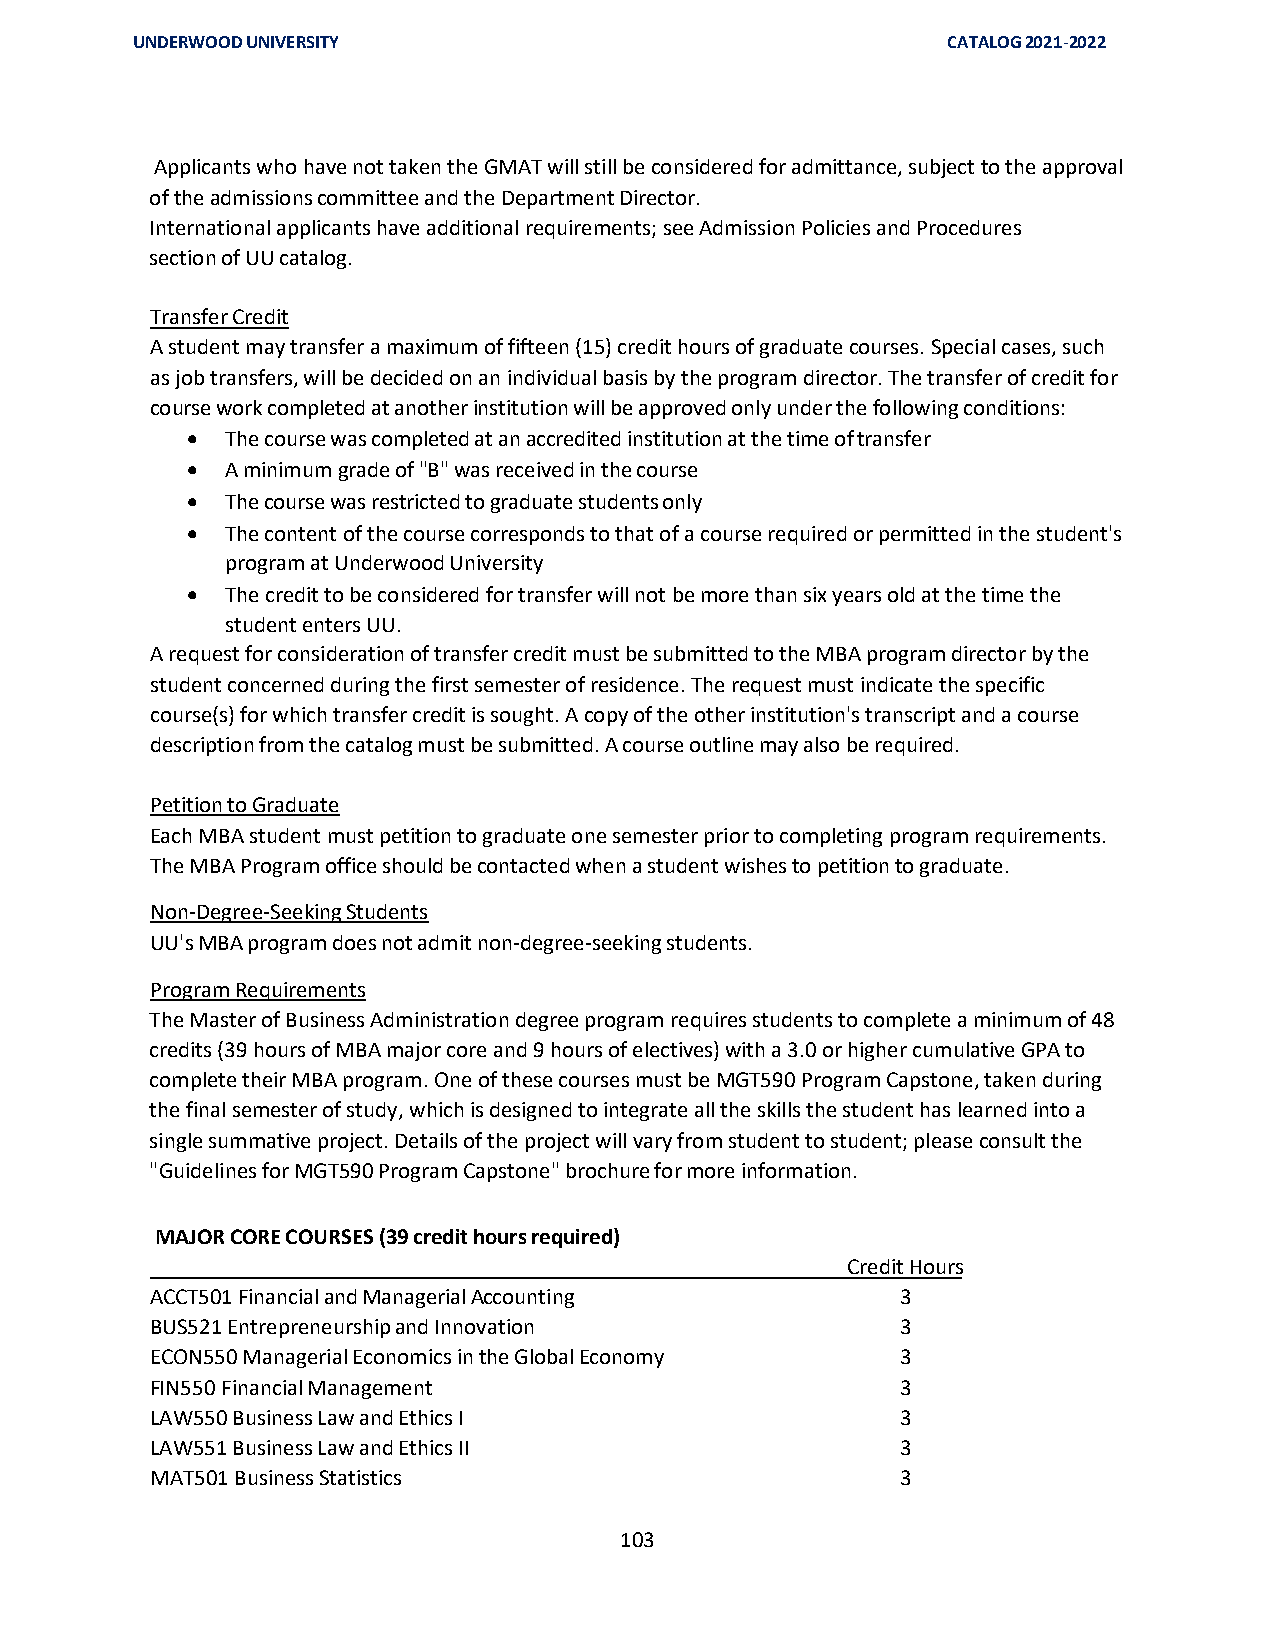
UNDERWOOD UNIVERSITY                                  CATALOG 2021-2022
 Applicants who have not taken the GMAT will still be considered for admittance, subject to the approval
 of the admissions committee and the Department Director.
 International applicants have additional requirements; see Admission Policies and Procedures
 section of UU catalog.
 Transfer Credit
 A student may transfer a maximum of fifteen (15) credit hours of graduate courses. Special cases, such
 as job transfers, will be decided on an individual basis by the program director. The transfer of credit for
 course work completed at another institution will be approved only under the following conditions:
 •  The course was completed at an accredited institution at the time of transfer
 •  A minimum grade of "B" was received in the course
 •  The course was restricted to graduate students only
 •  The content of the course corresponds to that of a course required or permitted in the student's
 program at Underwood University
 •  The credit to be considered for transfer will not be more than six years old at the time the
 student enters UU.
 A request for consideration of transfer credit must be submitted to the MBA program director by the
 student concerned during the first semester of residence. The request must indicate the specific
 course(s) for which transfer credit is sought. A copy of the other institution's transcript and a course
 description from the catalog must be submitted. A course outline may also be required.
 Petition to Graduate
 Each MBA student must petition to graduate one semester prior to completing program requirements.
 The MBA Program office should be contacted when a student wishes to petition to graduate.
 Non-Degree-Seeking Students
 UU's MBA program does not admit non-degree-seeking students.
 Program Requirements
 The Master of Business Administration degree program requires students to complete a minimum of 48
 credits (39 hours of MBA major core and 9 hours of electives) with a 3.0 or higher cumulative GPA to
 complete their MBA program. One of these courses must be MGT590 Program Capstone, taken during
 the final semester of study, which is designed to integrate all the skills the student has learned into a
 single summative project. Details of the project will vary from student to student; please consult the
 "Guidelines for MGT590 Program Capstone" brochure for more information.
 MAJOR CORE COURSES (39 credit hours required)
 Credit Hours
 ACCT501 Financial and Managerial Accounting       3
 BUS521 Entrepreneurship and Innovation            3
 ECON550 Managerial Economics in the Global Economy 3
 FIN550 Financial Management                       3
 LAW550 Business Law and Ethics I                  3
 LAW551 Business Law and Ethics II                 3
 MAT501 Business Statistics                        3
 103